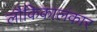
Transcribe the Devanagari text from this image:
लौकिकालंकार